Subject: math
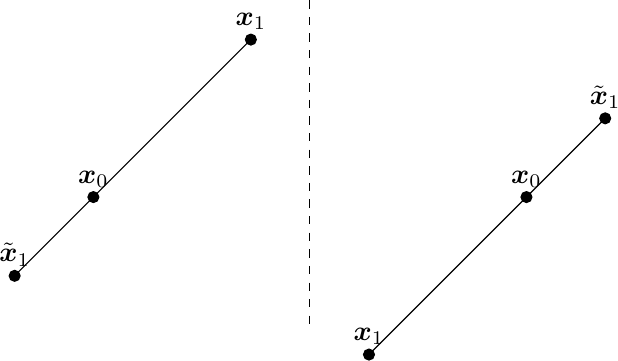
LaTeX code:
\begin{tikzpicture}[scale=1]
\coordinate (A) at (0,-1);
\coordinate (B) at (1,0);
\coordinate (C) at (3,2);
\filldraw (A) circle (0.0695) node[above]{$\tilde{\boldsymbol{x}}_{1}$};
\filldraw (B) circle (0.0695) node[above]{$\boldsymbol{x}_{0}$};
\filldraw (C) circle (0.0695) node[above]{$\boldsymbol{x}_{1}$};
\draw (A) -- (B);
\draw (B) -- (C);

\draw[dashed] (3.75,2.5) -- (3.75,-1.7);

\coordinate (D) at (4.5,-2);
\coordinate (E) at (6.5,-0);
\coordinate (F) at (7.5,1);
\filldraw (D) circle (0.0695) node[above]{${\boldsymbol{x}}_{1}$};
\filldraw (E) circle (0.0695) node[above]{$\boldsymbol{x}_{0}$};
\filldraw (F) circle (0.0695) node[above]{$\tilde{\boldsymbol{x}}_{1}$};
\draw (D) -- (E);
\draw (E) -- (F);

\end{tikzpicture}